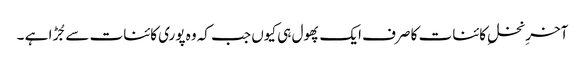
آخرِ نخلِ کائنات کا صرف ایک پھول ہی کیوں جب کہ وہ پوری کائنات سے جُڑا ہے ۔